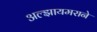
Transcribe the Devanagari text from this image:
अल्झायमराने